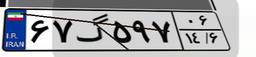
۶۷گ۵۹۷۰۶